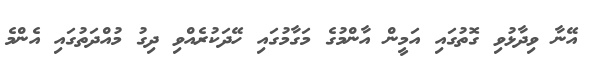
އޭނާ ވިދާޅުވި ގޮތުގައި އަމީން އާންމުގެ މަގާމުގައި ހޭދަކުރެއްވި ދިގު މުއްދަތުގައި އެންމެ